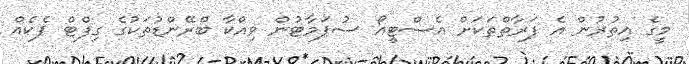
މީގެ އިތުރުން އެ ފަރާތްތަކަށް އެސްޓީއޯ ސުޕަމާޓުން ވިއްކާ ބްރޭންޑުތަކުގެ ގިފްޓް ޕެކެއް